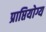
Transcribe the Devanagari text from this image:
प्राप्तियोग्य